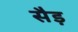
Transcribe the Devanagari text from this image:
सैड़